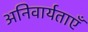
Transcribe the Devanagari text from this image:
अनिवार्यताएँ